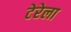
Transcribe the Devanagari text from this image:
टेरेला